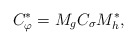
\begin{align*}C_{\varphi}^{*}=M_gC_{\sigma}M_h^{*},\end{align*}